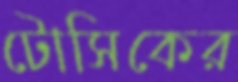
টোসিকের